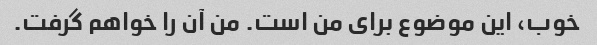
خوب، این موضوع برای من است. من آن را خواهم گرفت.